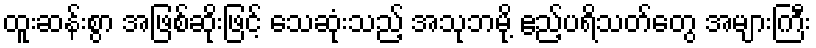
ထူးဆန်းစွာ အဖြစ်ဆိုးဖြင့် သေဆုံးသည့် အသုဘမို့ ဧည့်ပရိသတ်တွေ အများကြီး